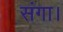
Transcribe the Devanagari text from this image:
संगा।